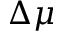
\Delta \mu